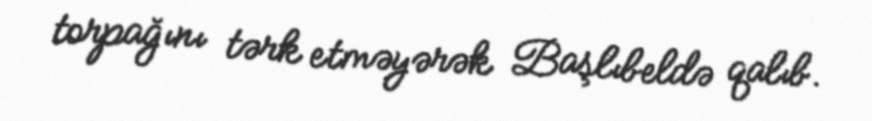
torpağını tərk etməyərək Başlıbeldə qalıb.